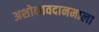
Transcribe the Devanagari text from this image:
अशोकावदानमाला